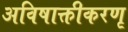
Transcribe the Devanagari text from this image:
अविषाक्तीकरणृ